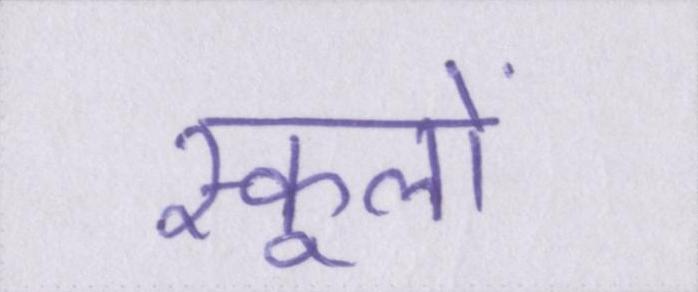
स्कूलों